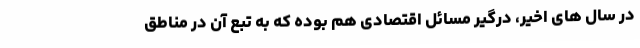
در سال های اخیر، درگیر مسائل اقتصادی هم بوده که به تبع آن در مناطق